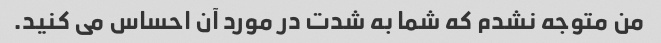
من متوجه نشدم که شما به شدت در مورد آن احساس می کنید.